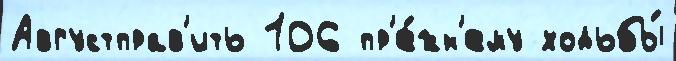
Августправ'ить 106 пр'е́жн'ему ходьбы́